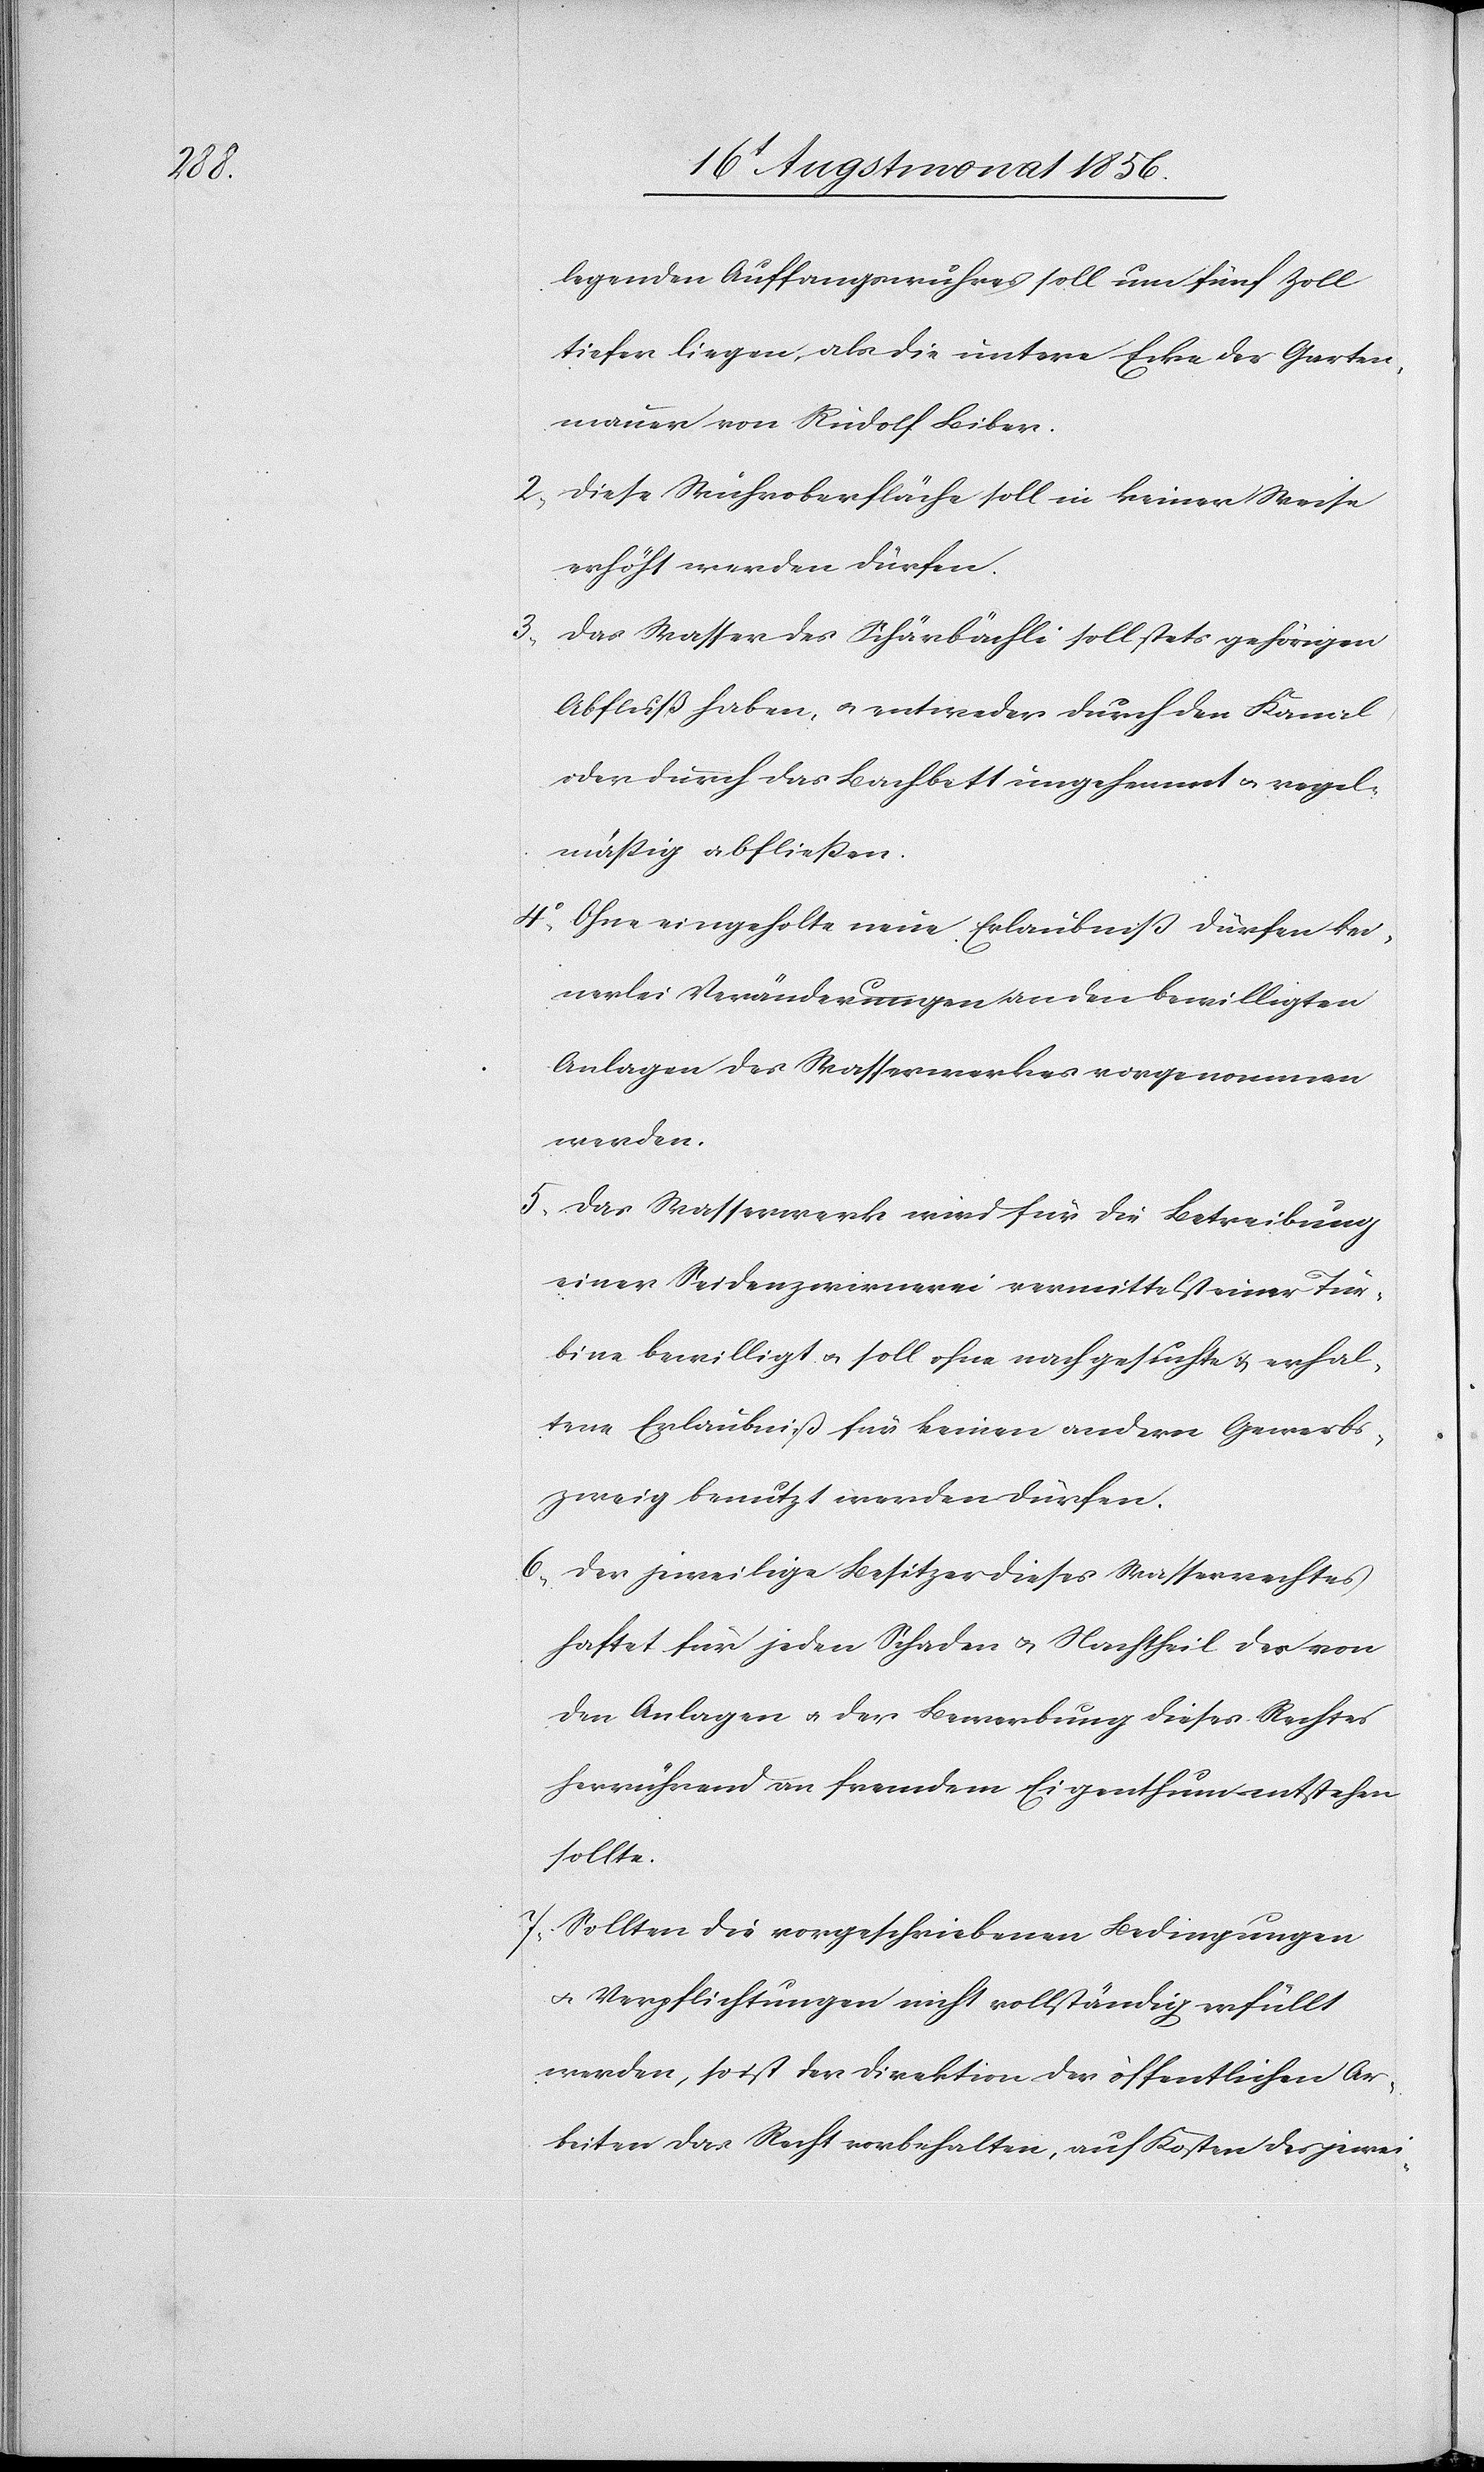
legenden Auffangswuhres soll um fünf Zoll
tiefer liegen, als die untere Ecke der Garten¬
mauer von Rudolf Biber.
2.) Diese Wuhroberfläche soll in keiner Weise
erhöht werden dürfen.
Das Wasser des Schärbächli soll stets gehörigen
Abfluß haben, u. entweder durch den Kanal
oder durch das Bachbett ungehemmt u. regel¬
mässig abfliessen.
4.) Ohne eingeholte neue Erlaubniss dürfen kei¬
nerlei Veränderungen an den bewilligten
Anlagen des Wasserwerkes vorgenommen
werden.
5.) Das Wasserwerk wird für die Betreibung
einer Seidenzwirnerei vermittelst einer Tur¬
bine bewilligt u. soll ohne nachgesuchte & erhal¬
tene Erlaubniß für keinen andern Gewerbs¬
zweig benutzt werden dürfen.
6.) Der jeweilige Besitzer dieses Wasserrechtes
haftet für jeden Schaden u. Nachtheil der von
den Anlagen u. der Bewerbung dieses Rechtes
herrührend an fremdem Eigenthum entstehen
sollte.
7.) Sollten die vorgeschriebenen Bedingungen
u. Verpflichtungen nicht vollständig erfüllt
werden, so ist der Direktion der öffentlichen Ar¬
beiten das Recht vorbehalten, auf Kosten des jewei-